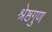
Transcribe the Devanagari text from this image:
श्रेष्ठगुण